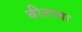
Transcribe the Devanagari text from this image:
बीताया